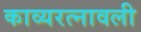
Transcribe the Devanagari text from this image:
काव्यरत्नावली